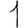
Digit: 1